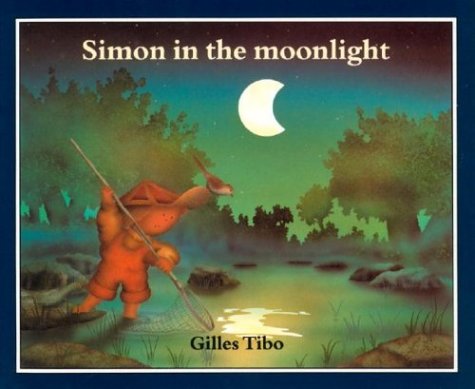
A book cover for Simon in the moonlight; Gilles Tibo; Arts & Photography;